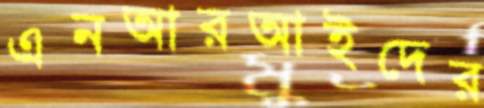
এনআরআইদের